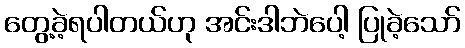
တွေ့ခဲ့ရပါတယ်ဟု အင်းဒါဘဲပေါ့ ပြုခဲ့သော်